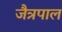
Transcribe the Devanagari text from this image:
जैत्रपाल